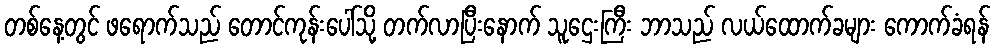
တစ်နေ့တွင် ဖရောက်သည် တောင်ကုန်းပေါ်သို့ တက်လာပြီးနောက် သူဌေးကြီး ဘာသည် လယ်ထောက်ခများ ကောက်ခံရန်